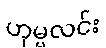
ဟုမ္မလင်း